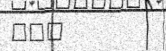
٢٠٦